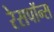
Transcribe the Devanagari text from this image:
रेसपॉन्स